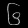
Digit: ၆